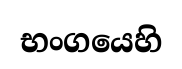
භංගයෙහි